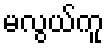
မလွယ်ကူ